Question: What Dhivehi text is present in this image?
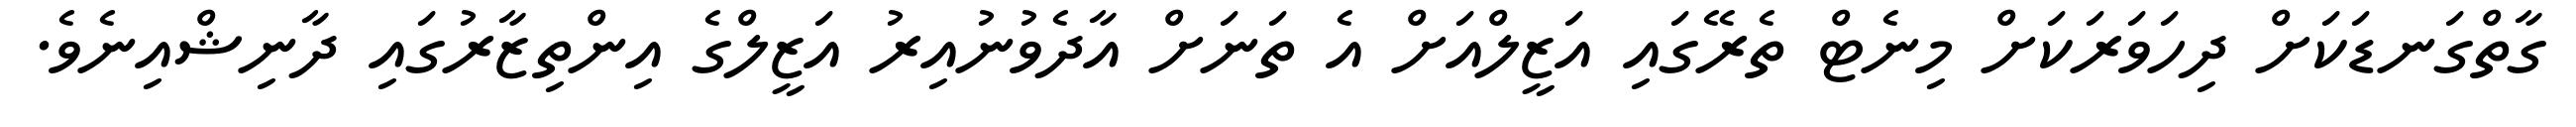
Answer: ގާތްގަނޑަކަށް ދިހަވަރަކަށް މިނެޓް ތެރޭގައި އަޒީލްއަށް އެ ތަނަށް އާދެވުނުއިރު އަޒީލްގެ އިންތިޒާރުގައި ދާނިޝްއިނެވެ.